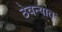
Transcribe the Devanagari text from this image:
ठेवन्यात